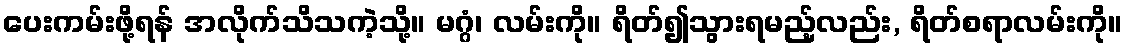
ပေးကမ်းဖို့ရန် အလိုက်သိသကဲ့သို့။ မဂ္ဂံ၊ လမ်းကို။ ရိတ်၍သွားရမည့်လည်း, ရိတ်စရာလမ်းကို။